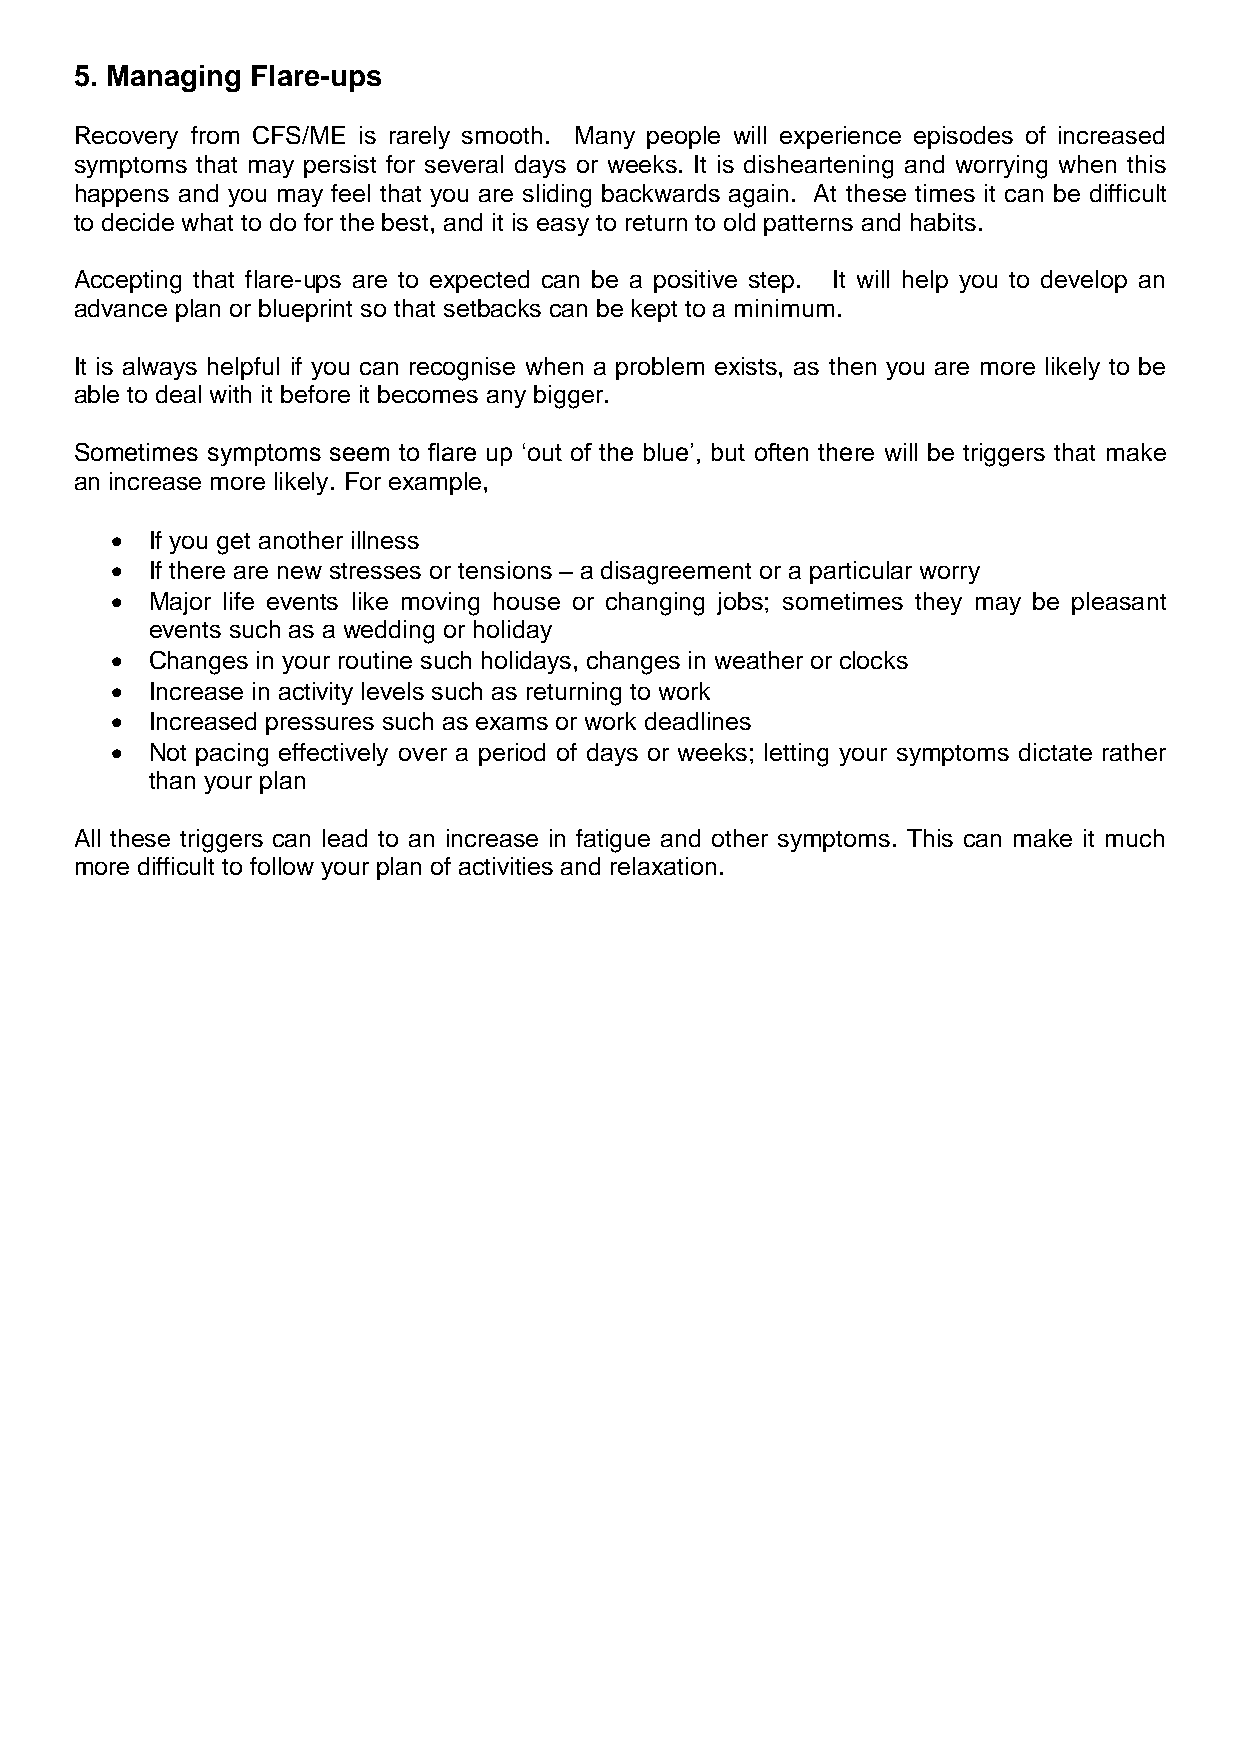
5. Managing Flare-ups
 Recovery from CFS/ME is rarely smooth. Many people will experience episodes of increased
 symptoms that may persist for several days or weeks. It is disheartening and worrying when this
 happens and you may feel that you are sliding backwards again. At these times it can be difficult
 to decide what to do for the best, and it is easy to return to old patterns and habits.
 Accepting that flare-ups are to expected can be a positive step. It will help you to develop an
 advance plan or blueprint so that setbacks can be kept to a minimum.
 It is always helpful if you can recognise when a problem exists, as then you are more likely to be
 able to deal with it before it becomes any bigger.
 Sometimes symptoms seem to flare up ‘out of the blue’, but often there will be triggers that make
 an increase more likely. For example,
   If you get another illness
   If there are new stresses or tensions – a disagreement or a particular worry
   Major life events like moving house or changing jobs; sometimes they may be pleasant
 events such as a wedding or holiday
   Changes in your routine such holidays, changes in weather or clocks
   Increase in activity levels such as returning to work
   Increased pressures such as exams or work deadlines
   Not pacing effectively over a period of days or weeks; letting your symptoms dictate rather
 than your plan
 All these triggers can lead to an increase in fatigue and other symptoms. This can make it much
 more difficult to follow your plan of activities and relaxation.